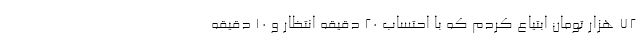
72 هزار تومان ابتیاع کردم که با احتساب 20 دقیقه انتظار و 10 دقیقه